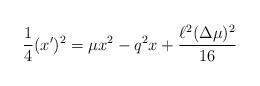
LaTeX: \begin{align*}\frac{1}{4}(x')^2=\mu x^2-q^2 x+\frac{\ell^2(\Delta\mu)^2}{16}\end{align*}